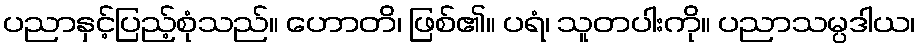
ပညာနှင့်ပြည့်စုံသည်။ ဟောတိ၊ ဖြစ်၏။ ပရံ၊ သူတပါးကို။ ပညာသမ္ပဒါယ၊